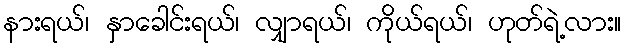
နားရယ်၊ နှာခေါင်းရယ်၊ လျှာရယ်၊ ကိုယ်ရယ်၊ ဟုတ်ရဲ့လား။